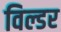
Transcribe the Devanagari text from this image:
विल्डर